Leaving Certificate Examination, 1918
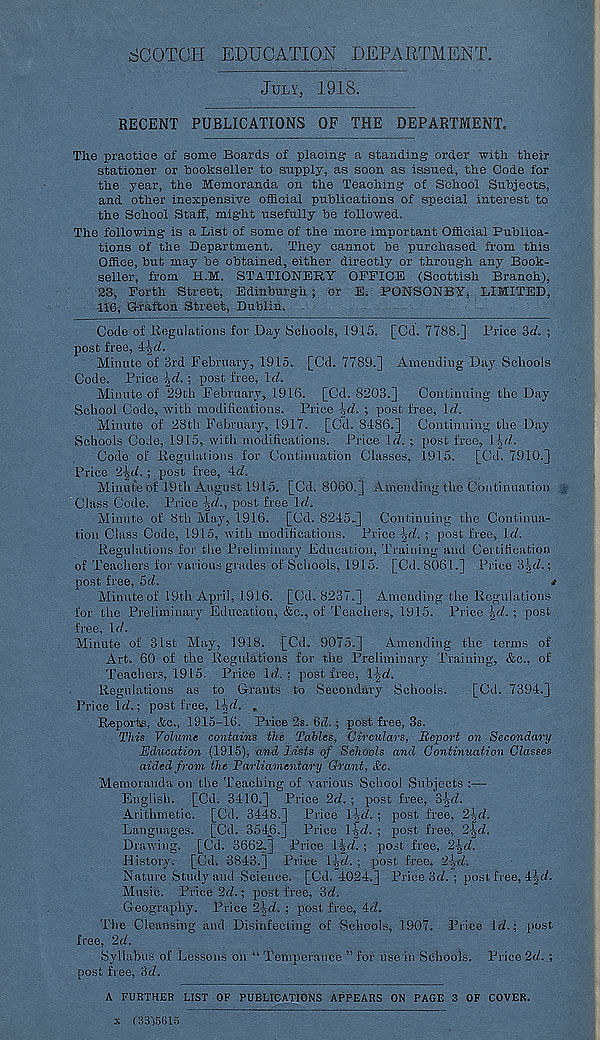
SCOTCH EDUCATION DEPARTMENT.
JULY, 1918.
RECENT PUBLICATIONS OF THE DEPARTMENT.
Tlie practice of some Boards of placing- a standing order with their
stationer or bookseller to supply, as soon as issued, the Code for
the year, the Memoranda on the Teaching of School Subjects,
and other inexpensive official publications of special interest to
the School Staff, might usefully be followed.
The following is a List of some of the more important Official Publica-
tions of the Department. They cannot be purchased from this
Office, but may be obtained, either directly or through any Book-
seller, from H.M. STATIONERY OFFICE (Scottish Branch),
23, Forth Street, Edinburgh ; or E. PONSONBY, LIMITED,
116, G-rafton Street, Dublin.
Code of Regulations for Day Schools, 1915. [Cd. 7788.] Price 3<7. ;
post free, 4-j<7.
Minute of 3rd February, 1915. [Cd. 7789.] Amending Day Schools
Code. Price ^d. ; post free, Id.
Minute of 29th February, 1916. [Cd. 8203.] Continuing the Day-
School Code, with modifications. Price \d. ; post free, Id.
Minute of 28th February, 1917. [Cd. 8486.] Continuing the Day-
Schools Code, 1915, with modifications. Price Id. ; post free, l[d.
Code of Regulations for Continuation Classes, 1915. [Cd. 7910.]
Price 2^d. ; post free, 4d.
Minute of 19tli August 1915. [Cd. 8060.] Amending the Continuation §
Class Code. Price Isd., post free Id.
Minute of 8th May, 1916. [Cd. 8245.] Continuing the Continua-
tion Class Code, 1915, with modifications. Price ^d. ; post free. Id.
Regulations for the Preliminary Education, Training and Certification
of Teachers for various grades of Schools, 1915. [Cd. 8061.] Price B^d.;
post free, 5d.
*
Minute of 19th April, 1916. [Cd. 8237.] Amending the Regulations
for the Preliminary Education, &c., of Teachers, 1915. Price -gd. ; post
free, Id.
Minute of 31st May, 1918. [Cd. 9075.]
Amending the terms of
Art. 60 of the Regulations for the Preliminary Training, &c., of
Teachers, 1915. Price Id.: post free, l-jd.
Regulations as to Grants to Secondary Schools.
[Cd. 7394.]
Price Id.; post free, Hd, „
Reports, &c., 1915-16. Price 2s. 6t?. ; post free, 3s.
This Volume contains the Tables, Circulars, Report on Secondary
Education (1915), and Lists of Schools and Continuation Classes
aided from the Parliamentary Grant, &c.
Memoranda on the Teaching of various School Subjects :—
English. [Cd. 3410.] Price 2d. ; post free, 3-|d.
Arithmetic. [Cd. 3448.] Price l]sd. ; post free, 2-|d.
Languages. [Cd. 3546.] Price l-|d. ; post free, 2^d.
Drawing. [Cd. 3662.] Price Ud. ; post free, 2-|d.
History. [Cd. 3843.] Price Tgd. ; post free, 2-gd.
Nature Study and Science. [Cd. 4024.] Price 3d. ; post free, 4jd.
Music. Price 2d.; post free, 3d.
Geography. Price 2jjd. ; post free, 4d.
The Cleansing and Disinfecting of Schools, 1907. Price Id.; post
free, 2d.
Syllabus of Lessons on “ Temperance ” for use in Schools. Price 2d. ;
post free, 3d.
A FURTHER LIST OF PUBLICATIONS APPEARS ON PAGE 3 OF COVER.
x (3315615